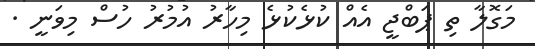
މަގޮލާ ތި ޕަބްޖީ އެއް ކުޅެކުޅެ މިހާރު އުމުރު ހުސް މިވަނީ .